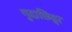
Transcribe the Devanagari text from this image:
गुदाछिद्र